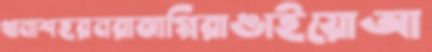
থানাশহরনরাঝাপ্পিরাঙাইয়োআ